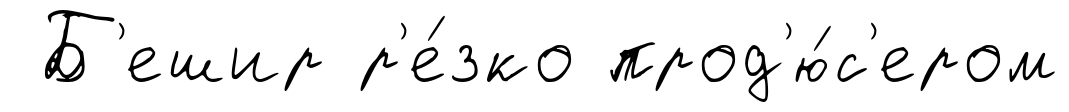
Б'ешир р'е́зко прод'ю́с'ером